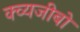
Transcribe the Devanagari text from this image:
क्व्यजीबो